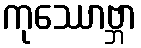
ကုဿောဗ္ဘာ